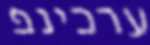
ערכינפ